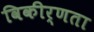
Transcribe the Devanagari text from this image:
विकीर्णता